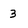
Character: 3